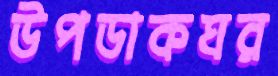
উপডাকঘর